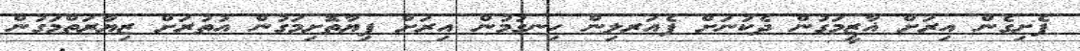
ފެށިގެން އިރަށް ޣާޒީމަގުން ދެކުނަށް ފެއަރލިން ހިނގުމުން އިރަށް ފިޔާތޮށިމަގުން އުތުރަށް ޒިޔާރަތްމަގުން